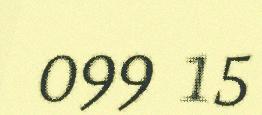
099 15